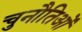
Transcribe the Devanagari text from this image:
चुनौतिओं